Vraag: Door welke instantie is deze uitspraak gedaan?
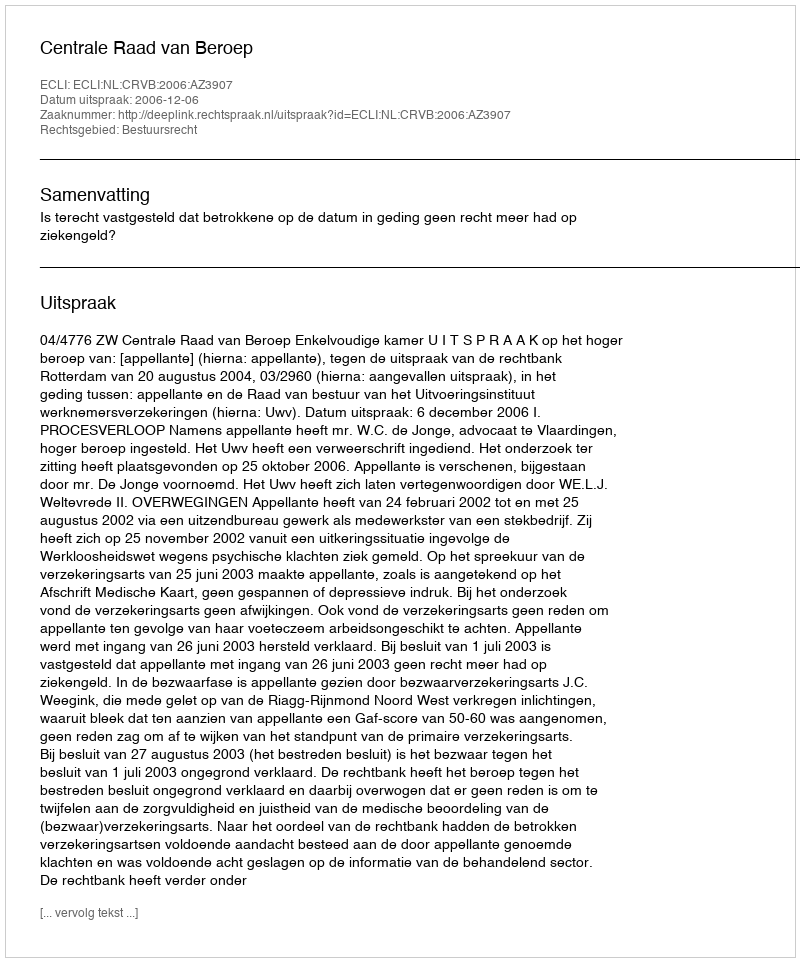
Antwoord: Centrale Raad van Beroep